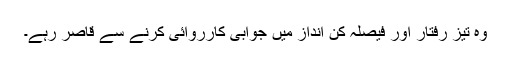
وہ تیز رفتار اور فیصلہ کن انداز میں جوابی کارروائی کرنے سے قاصر رہے۔